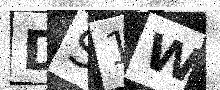
Text: DS1W